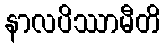
နာလပိဿာမီတိ